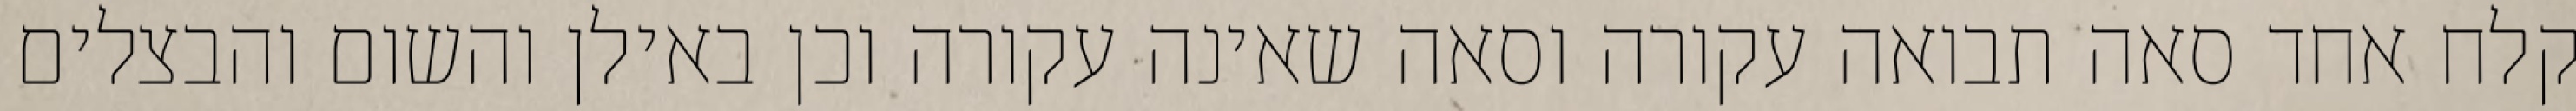
קלח אחד סאה תבואה עקורה וסאה שאינה עקורה וכן באילן והשום והבצלים